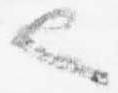
也